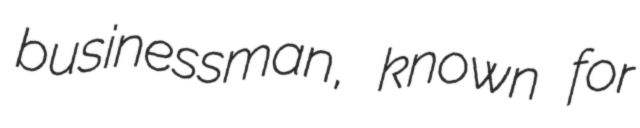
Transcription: businessman, known for